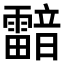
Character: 𩆢